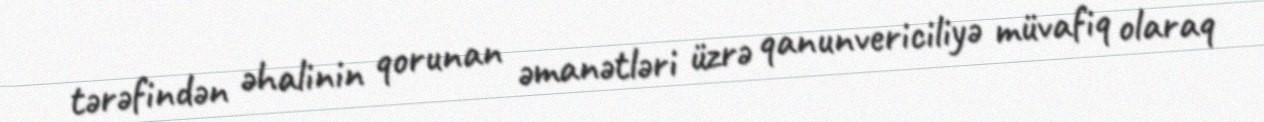
tərəfindən əhalinin qorunan əmanətləri üzrə qanunvericiliyə müvafiq olaraq